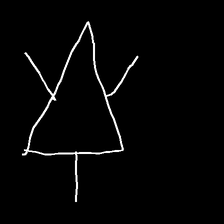
Glyph: fire